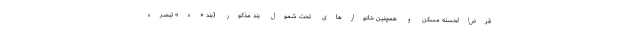
قرض‌الحسنه مسکن و همچنین خانوارهای تحت شمول بند مذکور (بند «ه» تبصره